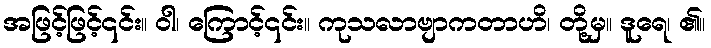
အဖြင့်ဖြင့်၎င်း။ ဝါ၊ ကြောင့်၎င်း။ ကုသလာဗျာကတာဟိ၊ တို့မှ။ ဒူရေ၊ ၏။